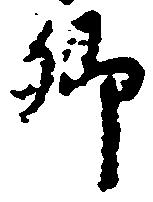
郷